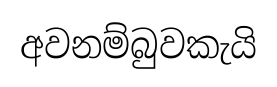
අවනම්බුවකැයි